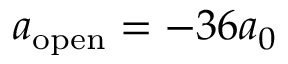
a _ { \mathrm { o p e n } } = - 3 6 a _ { 0 }